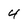
Character: 4